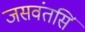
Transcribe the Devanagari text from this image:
जसवंतसिं